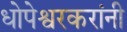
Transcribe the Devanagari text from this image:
धोपेश्वरकरांनी